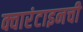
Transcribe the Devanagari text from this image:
क्वारंटाइनची